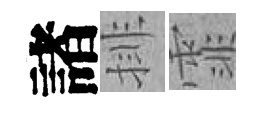
諸排霏